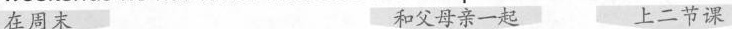
在周末 和父母亲一起 上二节课